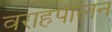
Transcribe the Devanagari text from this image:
वराहपालन